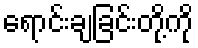
ရောင်းချခြင်းတို့ကို